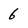
Character: 6